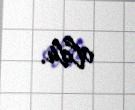
oldu.